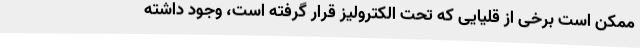
ممکن است برخی از قلیایی که تحت الکترولیز قرار گرفته است، وجود داشته